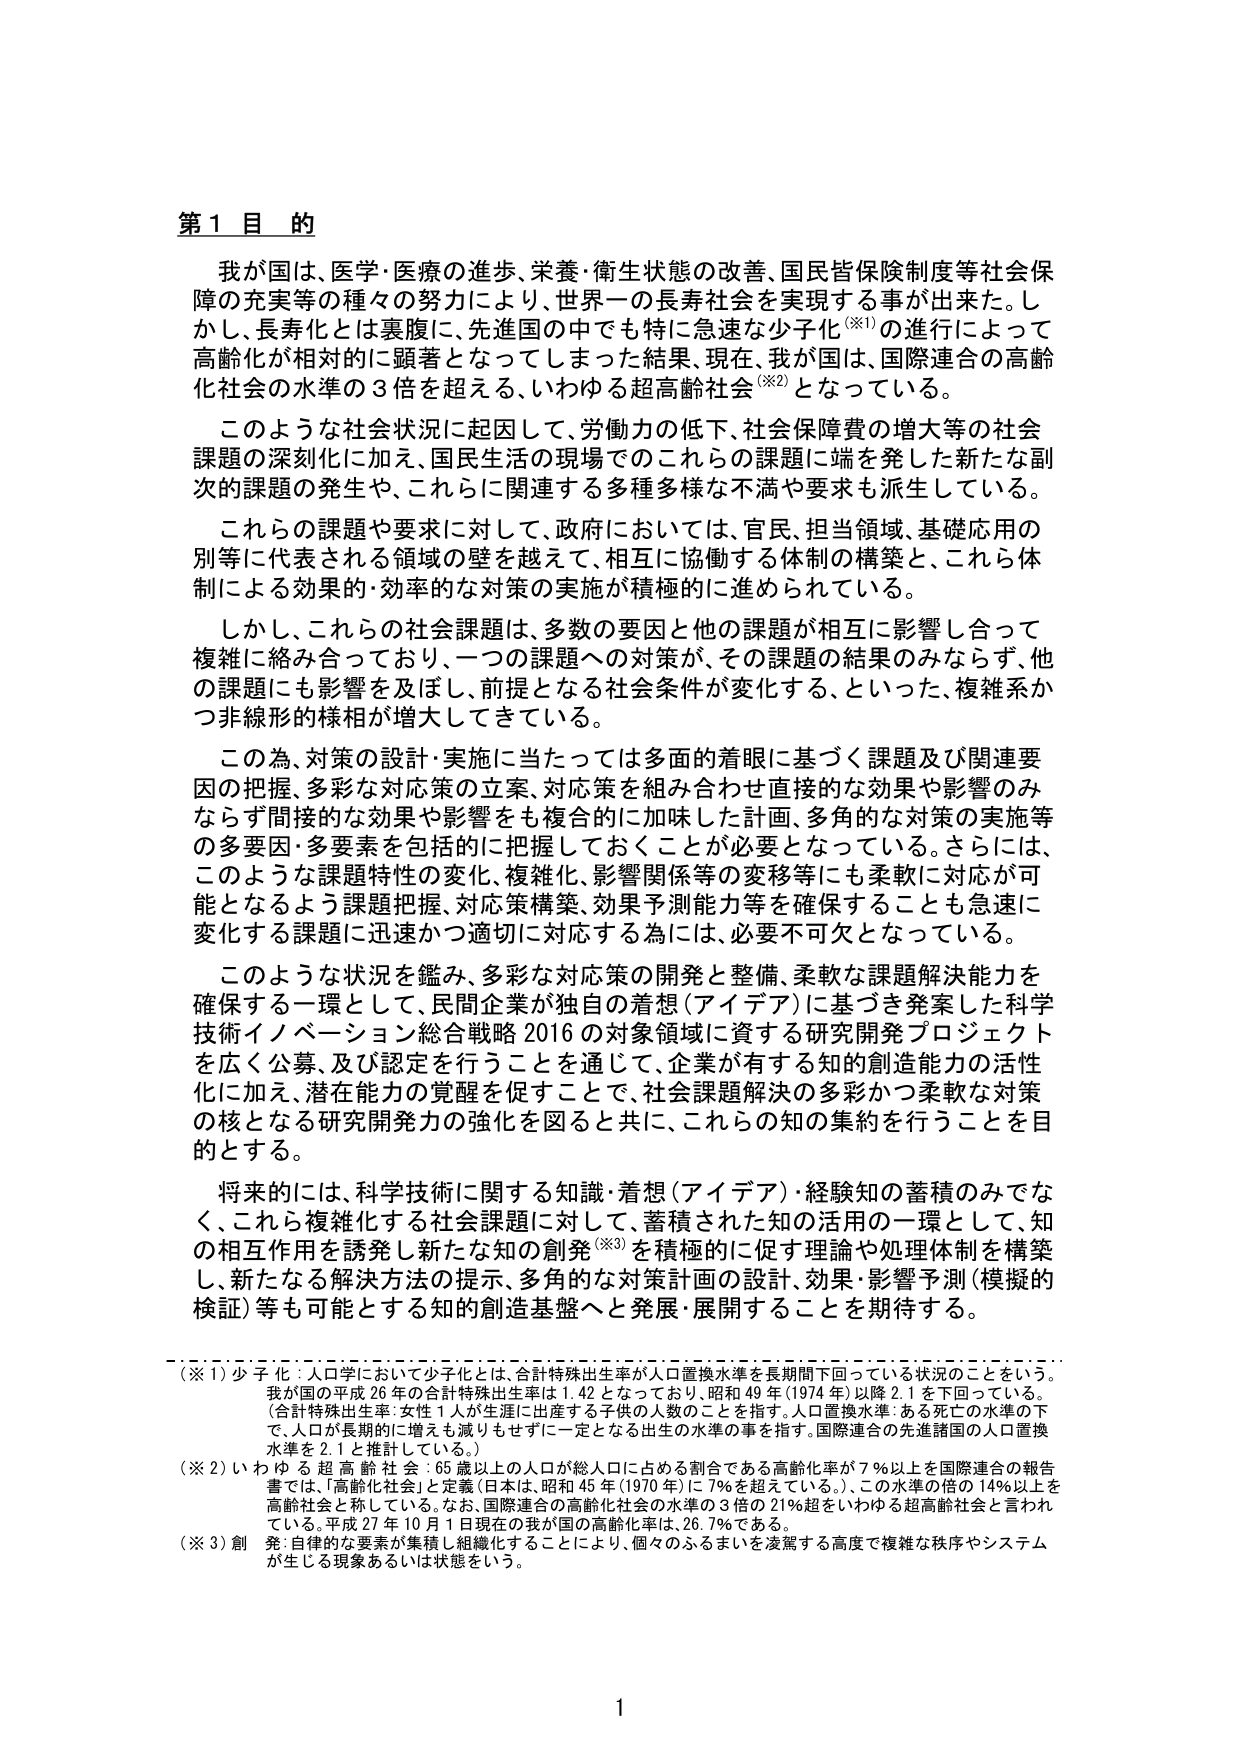
第１目的

我が国は、医学・医療の進歩、栄養・衛生状態の改善、国民皆保険制度等社会保障の充実等の種々の努力により、世界一の長寿社会を実現する事が出来た。しかし、長寿化とは裏腹に、先進国の中でも特に急速な少子化（※1）の進行によって高齢化が相対的に顕著となってしまった結果、現在、我が国は、国際連合の高齢化社会の水準の３倍を超える、いわゆる超高齢社会（※2）となっている。

このような社会状況に起因して、労働力の低下、社会保障費の増大等の社会課題の深刻化に加え、国民生活の現場でのこれらの課題に端を発した新たな副次的課題の発生や、これらに関連する多種多様な不満や要求も派生している。

これらの課題や要求に対して、政府においては、官民、担当領域、基礎応用の別等に代表される領域の壁を越えて、相互に協働する体制の構築と、これら体制による効果的・効率的な対策の実施が積極的に進められている。

しかし、これらの社会課題は、多数の要因と他の課題が相互に影響し合って複雑に絡み合っており、一つの課題への対策が、その課題の結果のみならず、他の課題にも影響を及ぼし、前提となる社会条件が変化する、といった、複雑系かつ非線形的様相が増大してきている。

この為、対策の設計・実施に当たっては多面的着眼に基づく課題及び関連要因の把握、多彩な対応策の立案、対応策を組み合わせ直接的な効果や影響のみならず間接的な効果や影響をも複合的に加味した計画、多角的な対策の実施等の多要因・多要素を包括的に把握しておくことが必要となっている。さらには、このような課題特性の変化、複雑化、影響関係等の変移等にも柔軟に対応が可能となるよう課題把握、対応策構築、効果予測能力等を確保することも急速に変化する課題に迅速かつ適切に対応する為には、必要不可欠となっている。

このような状況を鑑み、多彩な対応策の開発と整備、柔軟な課題解決能力を確保する一環として、民間企業が独自の着想（アイデア）に基づき発案した科学技術イノベーション総合戦略2016の対象領域に資する研究開発プロジェクトを広く公募、及び認定を行うことを通じて、企業が有する知的創造能力の活性化に加え、潜在能力の覚醒を促すことで、社会課題解決の多彩かつ柔軟な対策の核となる研究開発力の強化を図ると共に、これらの知の集約を行うことを目的とする。

将来的には、科学技術に関する知識・着想（アイデア）・経験知の蓄積のみでなく、これら複雑化する社会課題に対して、蓄積された知の活用の一環として、知の相互作用を誘発し新たな知の創発（※3）を積極的に促す理論や処理体制を構築し、新たなる解決方法の提示、多角的な対策計画の設計、効果・影響予測（模擬的検証）等も可能とする知の創造基盤へと発展・展開することを期待する。

（※1）少子化：人口学において少子化とは、合計特殊出生率が人口置換水準を長期間下回っている状況のことをいう。我が国の平成26年の合計特殊出生率は1.42となっており、昭和49年（1974年）以降2.1を下回っている。（合計特殊出生率：女性1人が生涯に出産する子供の人数のことを指す。人口置換水準：ある死亡の水準の下で、人口が長期的に増えも減りもせずに一定となる出生の水準の事を指す。国際連合の先進諸国の人口置換水準を2.1と推計している。）

（※2）いわゆる超高齢社会：65歳以上の人口が総人口に占める割合である高齢化率が7％以上を国際連合の報告書では、「高齢化社会」と定義（日本は、昭和45年（1970年）に7％を超えている。）、この水準の倍の14％以上を高齢社会と称している。なお、国際連合の高齢化社会の水準の3倍の21％超をいわゆる超高齢社会と言われている。平成27年10月1日現在の我が国の高齢化率は、26.7％である。

（※3）創発：自律的な要素が集積し組織化することにより、個々のふるまいを凌駕する高度で複雑な秩序やシステムが生じる現象あるいは状態をいう。

1